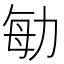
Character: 勄